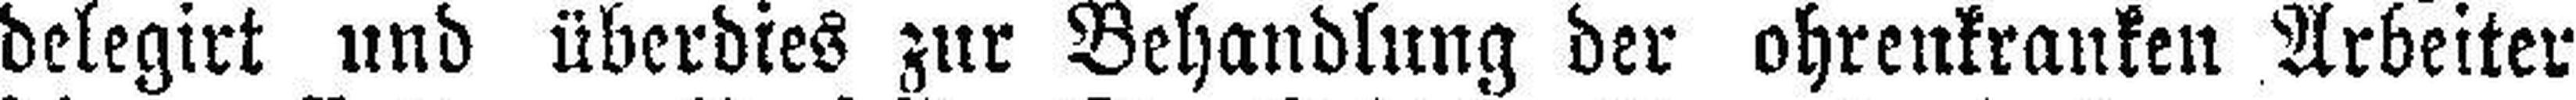
delegirt und überdies zur Behandlung der ohrenkranken Arbeiter